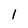
Character: 1